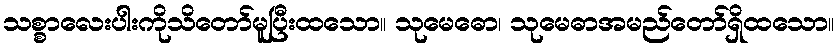
သစ္စာလေးပါးကိုသိတော်မူပြီးထသော။ သုမေဓော၊ သုမေဓာအမည်တော်ရှိထသော။